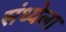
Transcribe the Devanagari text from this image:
संध्येला